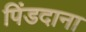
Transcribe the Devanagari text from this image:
पिंडदाना